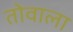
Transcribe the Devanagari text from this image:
तोवाला